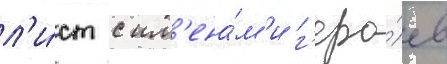
л'и́ст с им'ена́м'и г'еро́ев